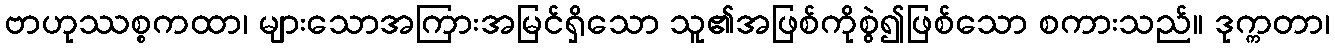
ဗာဟုဿစ္စကထာ၊ များသောအကြားအမြင်ရှိသော သူ၏အဖြစ်ကိုစွဲ၍ဖြစ်သော စကားသည်။ ဒုက္ကတာ၊